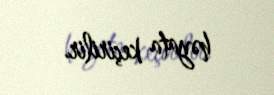
həyata keçirilir.